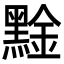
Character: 𪑙